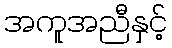
အကူအညီနှင့်